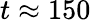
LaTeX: t\approx 150